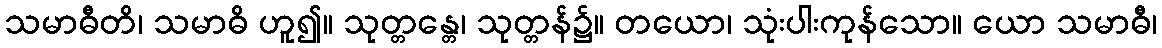
သမာဓီတိ၊ သမာဓိ ဟူ၍။ သုတ္တန္တေ၊ သုတ္တန်၌။ တယော၊ သုံးပါးကုန်သော။ ယော သမာဓီ၊